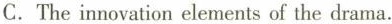
C.The innovation elements of the drama.